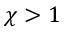
\chi > 1